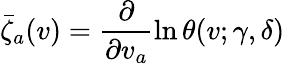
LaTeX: \bar{\zeta}_{a}(v)=\frac{\partial}{\partial v_{a}}\ln\theta(v;\gamma,\delta)